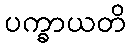
ပက္ခာယတိ